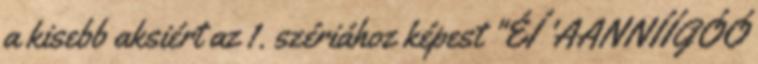
a kisebb aksiért az 1. szériához képest "ÉÍ 'AANNÍÍGÓÓ